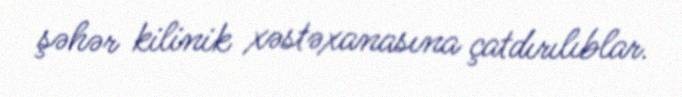
şəhər kilinik xəstəxanasına çatdırılıblar.